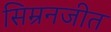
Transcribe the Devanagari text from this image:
सिम्रनजीत